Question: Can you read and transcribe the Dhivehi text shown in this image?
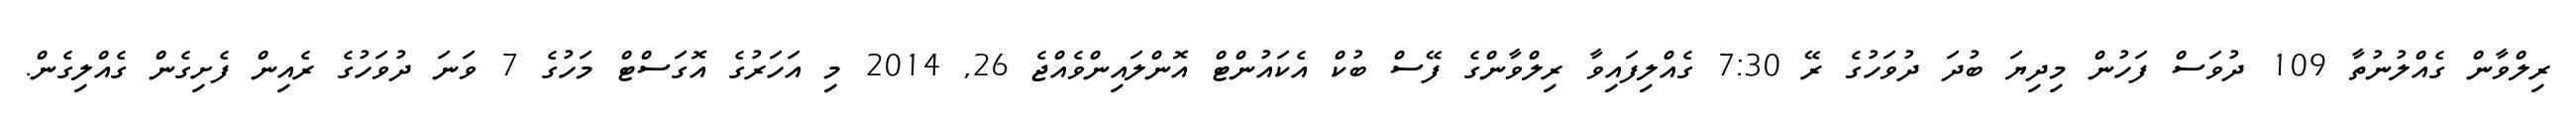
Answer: ރިލްވާން ގެއްލުނުތާ 109 ދުވަސް ފަހުން މިދިޔަ ބުދަ ދުވަހުގެ ރޭ 7:30 ގެއްލިފައިވާ ރިލްވާންގެ ފޭސް ބުކް އެކައުންޓް އޮންލައިންވެއްޖެ 26, 2014 މި އަހަރުގެ އޮގަސްޓް މަހުގެ 7 ވަނަ ދުވަހުގެ ރެއިން ފެށިގެން ގެއްލިގެން.